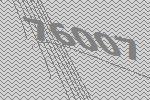
76007